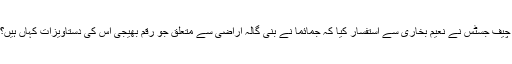
چیف جسٹس نے نعیم بخاری سے استفسار کیا کہ جمائما نے بنی گالہ اراضی سے متعلق جو رقم بھیجی اس کی دستاویزات کہاں ہیں؟